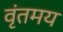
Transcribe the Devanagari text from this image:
वृंतमय